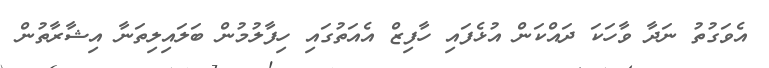
އެވަގުތު ނަދާ ވާހަކަ ދައްކަން އުޅެފައި ހާފިޒް އެއަތުގައި ހިފާލުމުން ބަލައިލިތަނާ އިޝާރާތުން